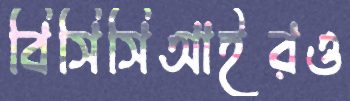
বিসিসিআইরও